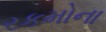
રકમોના